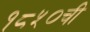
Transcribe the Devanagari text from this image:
१८५०ची